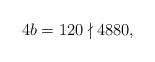
LaTeX: \begin{align*}4b=120 \nmid 4880,\end{align*}